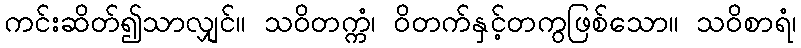
ကင်းဆိတ်၍သာလျှင်။ သဝိတက္ကံ၊ ဝိတက်နှင့်တကွဖြစ်သော။ သဝိစာရံ၊